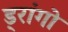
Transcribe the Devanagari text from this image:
ड्रांगो